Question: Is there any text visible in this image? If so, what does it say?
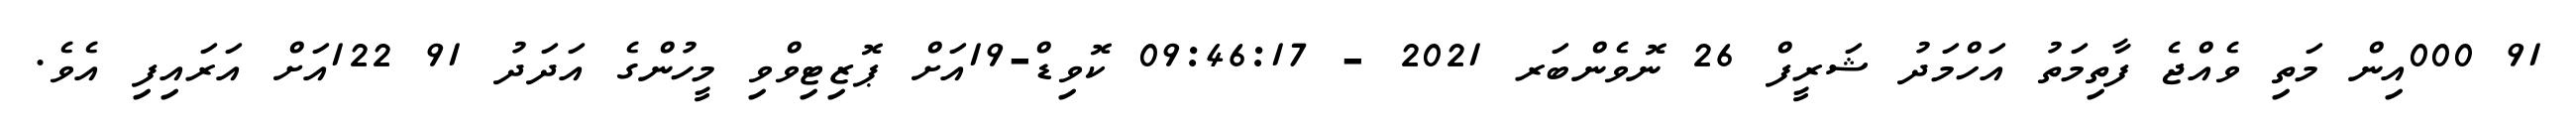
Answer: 91 000އިން މަތި ވެއްޖެ ފާތިމަތު އަހްމަދު ޝަރީފް 26 ނޮވެންބަރ 2021 - 09:46:17 ކޮވިޑް-19އަށް ޕޮޒިޓިވްވި މީހުންގެ އަދަދު 91 122އަށް އަރައިފި އެވެ.